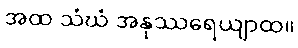
အထ သံဃံ အနုဿရေယျာထ။